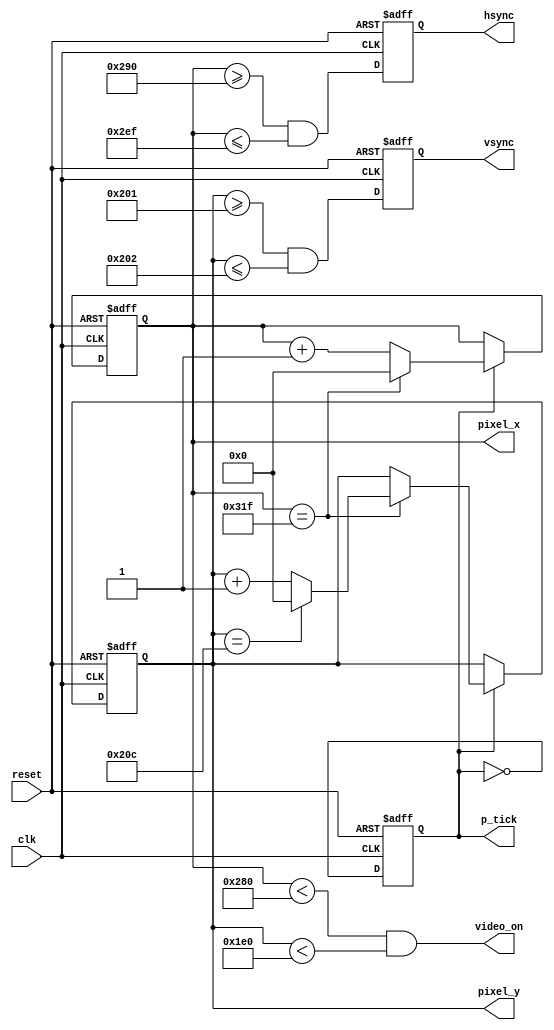
module vga_sync
   (
    input wire clk, reset,
    output wire hsync, vsync, video_on, p_tick,
    output wire [9:0] pixel_x, pixel_y
   );

   localparam HD = 640; // horizontal display area
   localparam HF = 48 ; // h. front (left) border
   localparam HB = 16 ; // h. back (right) border
   localparam HR = 96 ; // h. retrace
   localparam VD = 480; // vertical display area
   localparam VF = 10;  // v. front (top) border
   localparam VB = 33;  // v. back (bottom) border
   localparam VR = 2;   // v. retrace

   reg point;
   wire point_next;
   reg [9:0] h_count, h_count_next;
   reg [9:0] v_count, v_count_next;
   reg v_sync_reg, h_sync_reg;
   wire v_sync_next, h_sync_next;
   wire h_end, v_end, pixel_tick;

   
   always @(posedge clk, posedge reset)
      if (reset)
         begin
            point <= 1'b0;
            v_count <= 0;
            h_count <= 0;
            v_sync_reg <= 1'b0;
            h_sync_reg <= 1'b0;
         end
      else
         begin
            point <= point_next;
            v_count <= v_count_next;
            h_count <= h_count_next;
            v_sync_reg <= v_sync_next;
            h_sync_reg <= h_sync_next;
         end

   assign point_next = ~point;
   assign pixel_tick = point;

   assign h_end = (h_count==(HD+HF+HB+HR-1));
   assign v_end = (v_count==(VD+VF+VB+VR-1));

   always @*
      if (pixel_tick)  // 25 MHz pulse
         if (h_end)
			begin

            h_count_next = 0;
				if(v_end)
					v_count_next = 0;
				else
					v_count_next = v_count + 1;
			end
         else begin
            h_count_next = h_count + 1;
	    v_count_next = v_count;
	 end
      else
		begin
         h_count_next = h_count;
			v_count_next = v_count;
		end

   assign h_sync_next = (h_count >=(HD+HB) &&
                         h_count <=(HD+HB+HR-1));
   assign v_sync_next = (v_count >=(VD+VB) &&
                         v_count <=(VD+VB+VR-1));

   assign video_on = (h_count<HD) && (v_count<VD);

   assign hsync = h_sync_reg;
   assign vsync = v_sync_reg;
   assign pixel_x = h_count;
   assign pixel_y = v_count;
   assign p_tick = pixel_tick;

endmodule